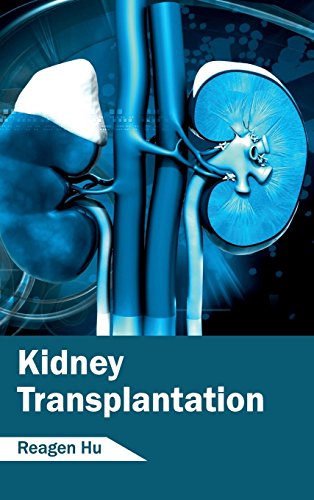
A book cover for Kidney Transplantation; Health, Fitness & Dieting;